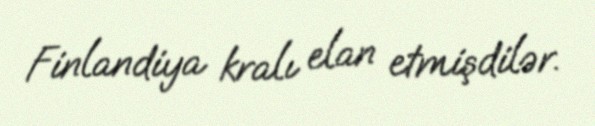
Finlandiya kralı elan etmişdilər.